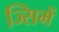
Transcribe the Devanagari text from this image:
ज्सिमें